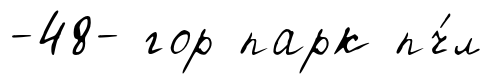
-48- гор парк пч́л